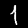
Label: 1